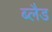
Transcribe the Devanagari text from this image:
ब्लैड